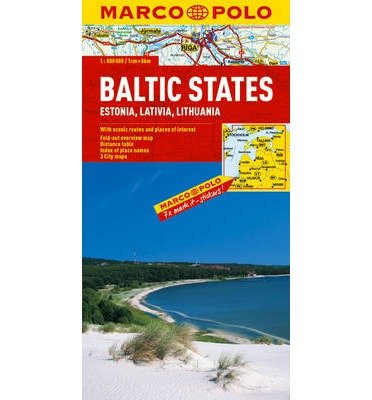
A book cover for Baltic States (Estonia, Latvia & Lithuania) Marco Polo Map (Marco Polo Maps) ("Sheet map, folded") - Common; By (author) Marco Polo; Travel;